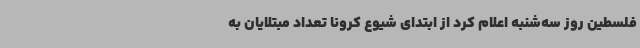
فلسطین روز سه‌شنبه اعلام کرد از ابتدای شیوع کرونا تعداد مبتلایان به